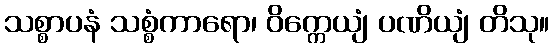
သစ္စာပနံ သစ္စံကာရော၊ ဝိက္ကေယျံ ပဏိယျံ တိသု။